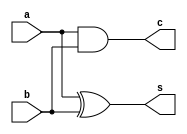
`timescale 1ns / 1ps
//////////////////////////////////////////////////////////////////////////////////
// Company: 
// Engineer: 
// 
// Design Name: 
// Module Name: half_adder
// Project Name: 
// Target Devices: 
// Tool Versions: 
// Description: 
// 
// Dependencies: 
// 
// Revision:
// Revision 0.01 - File Created
// Additional Comments:
// 
//////////////////////////////////////////////////////////////////////////////////


module half_adder
(
	input 		a,
	input 		b,
	output reg 	s,
	output reg 	c
);

always@* s = a ^ b;
always@* c = a & b;


endmodule